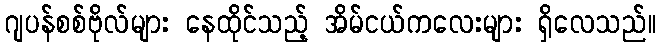
ဂျပန်စစ်ဗိုလ်များ နေထိုင်သည့် အိမ်ငယ်ကလေးများ ရှိလေသည်။